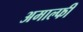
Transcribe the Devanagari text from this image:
अमाल्फी